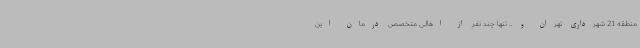
منطقه 21 شهرداری تهران و ... تنها چند نفر از اهالی متخصص درمان این